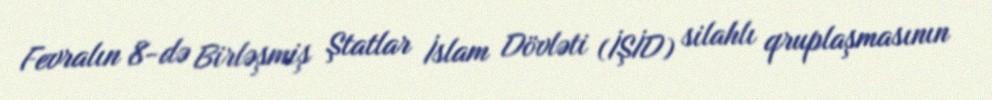
Fevralın 8-də Birləşmiş Ştatlar İslam Dövləti (İŞİD) silahlı qruplaşmasının